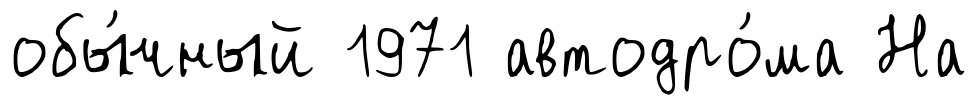
обы́чный 1971 автодро́ма На